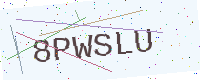
Text: 8PWSLU